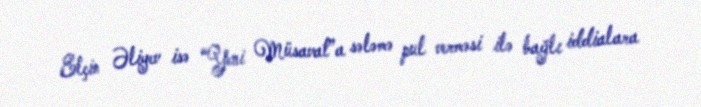
Elçin Əliyev isə “Yeni Müsavat”a sələmə pul verməsi ilə bağlı iddialara